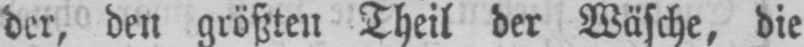
der, den größten Theil der Wäsche, die